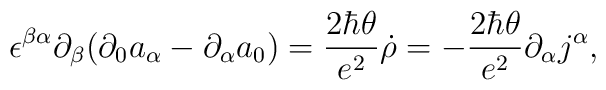
\epsilon^{\beta\alpha}\partial_\beta (\partial_0a_\alpha-\partial_\alpha a_0)={2\hbar\theta\over e^2}\dot\rho=- {2\hbar\theta\over e^2}\partial_\alpha j^\alpha,